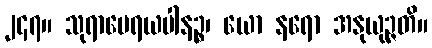
၂၄၇။ သုရာမေရယပါနဉ္စ၊ ယော နရော အနုယုဉ္ဇတိ။